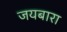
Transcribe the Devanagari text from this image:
जयबारा